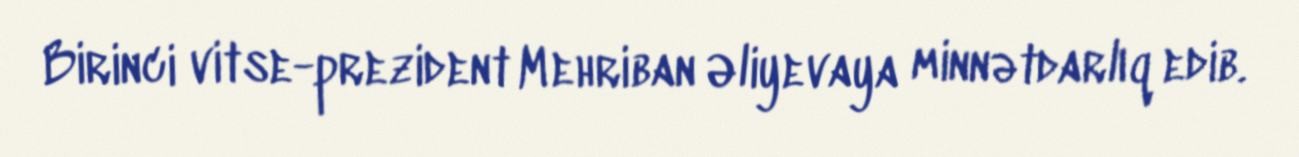
Birinci vitse-prezident Mehriban Əliyevaya minnətdarlıq edib.